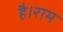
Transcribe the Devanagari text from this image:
है।राम